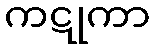
ကဋုကာ